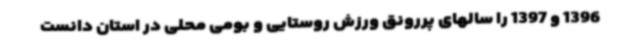
1396 و 1397 را سالهای پررونق ورزش روستایی و بومی محلی در استان دانست